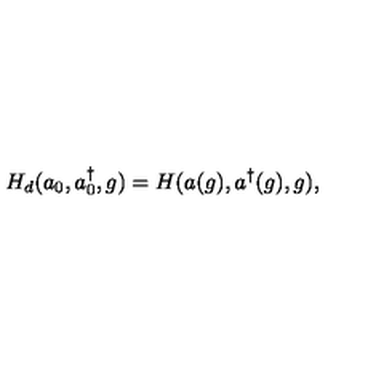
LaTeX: H _ { d } ( a _ { 0 } , a _ { 0 } ^ { \dag } , g ) = H ( a ( g ) , a ^ { \dag } ( g ) , g ) ,